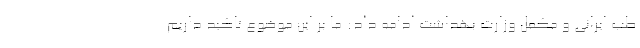
طب ایرانی و مکمل وزارت بهداشت ادامه داد: ما بر این موضوع تاکید داریم